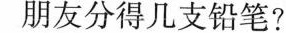
朋友分得几支铅笔?)